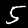
Label: 5